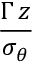
\frac { \Gamma \, z } { \sigma _ { \theta } }